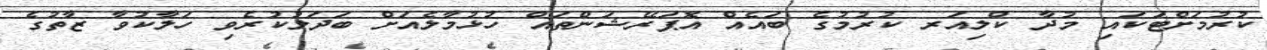
ކުރުމަށްޓަކައި މުދާ ކްލިއަރ ކުރުމުގެ ބައެއް އޮޕަރޭޝަންތައް ހުޅުމާލެއަށް ބަދަލުކުރެވި ހަލާކުވާ ޒާތުގެ